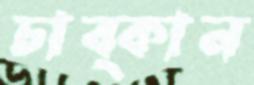
চাব্‌কান